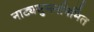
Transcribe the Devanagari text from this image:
नाट्यसुमननिर्मित